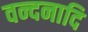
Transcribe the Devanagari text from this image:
वन्दनादि